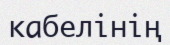
кабелінің